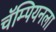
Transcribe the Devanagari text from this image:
चॅम्पियनला